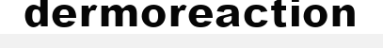
dermoreaction